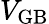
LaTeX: V_{\mathrm{GB}}